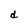
Character: d